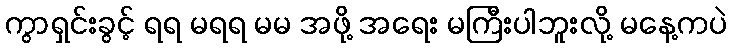
ကွာရှင်းခွင့် ရရ မရရ မမ အဖို့ အရေး မကြီးပါဘူးလို့ မနေ့ကပဲ